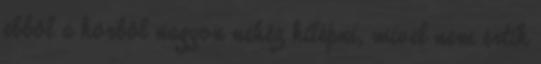
ebből a körből nagyon nehéz kilépni, mivel nem értik